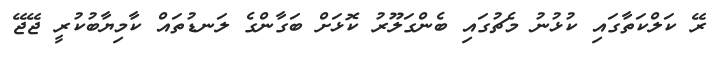
ރޭ ކަލްކަތާގައި ކުޅުނު މެޗުގައި ބެންގަލޫރު ކޮޅަށް ބަގާންގެ ލަނޑުތައް ކާމިޔާބުކުރީ ޖޭޖޭ